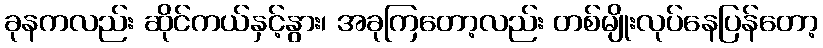
ခုနကလည်း ဆိုင်ကယ်နှင့်နွား၊ အခုကြတော့လည်း တစ်မျိုးလုပ်နေပြန်တော့